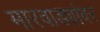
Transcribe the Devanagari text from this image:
मारवाड्यांवर